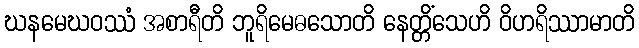
ဃနမေဃဝဿံ အစာရီတိ ဘူရိမေဓသောတိ နေတ္တိံသေဟိ ဝိဟရိဿာမာတိ